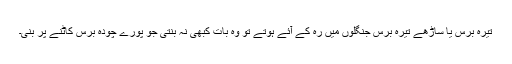
تیرہ برس یا ساڑھے تیرہ برس جنگلوں میں رہ کے آئے ہوتے تو وہ بات کبھی نہ بنتی جو پورے چودہ برس کاٹنے پر بنی۔